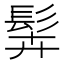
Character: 䯵